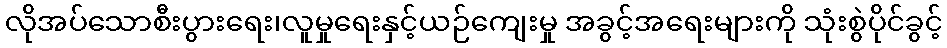
လိုအပ်သောစီးပွားရေး၊လူမှုရေးနှင့်ယဉ်ကျေးမှု အခွင့်အရေးများကို သုံးစွဲပိုင်ခွင့်